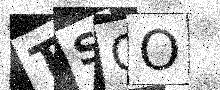
Text: TSQO